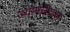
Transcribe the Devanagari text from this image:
ज्योमेटिक्स